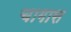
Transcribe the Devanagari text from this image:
चागास